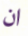
ان